65_HS1-834228961_62-HQ-83894_Section_6
Agency: FBI
Page 50
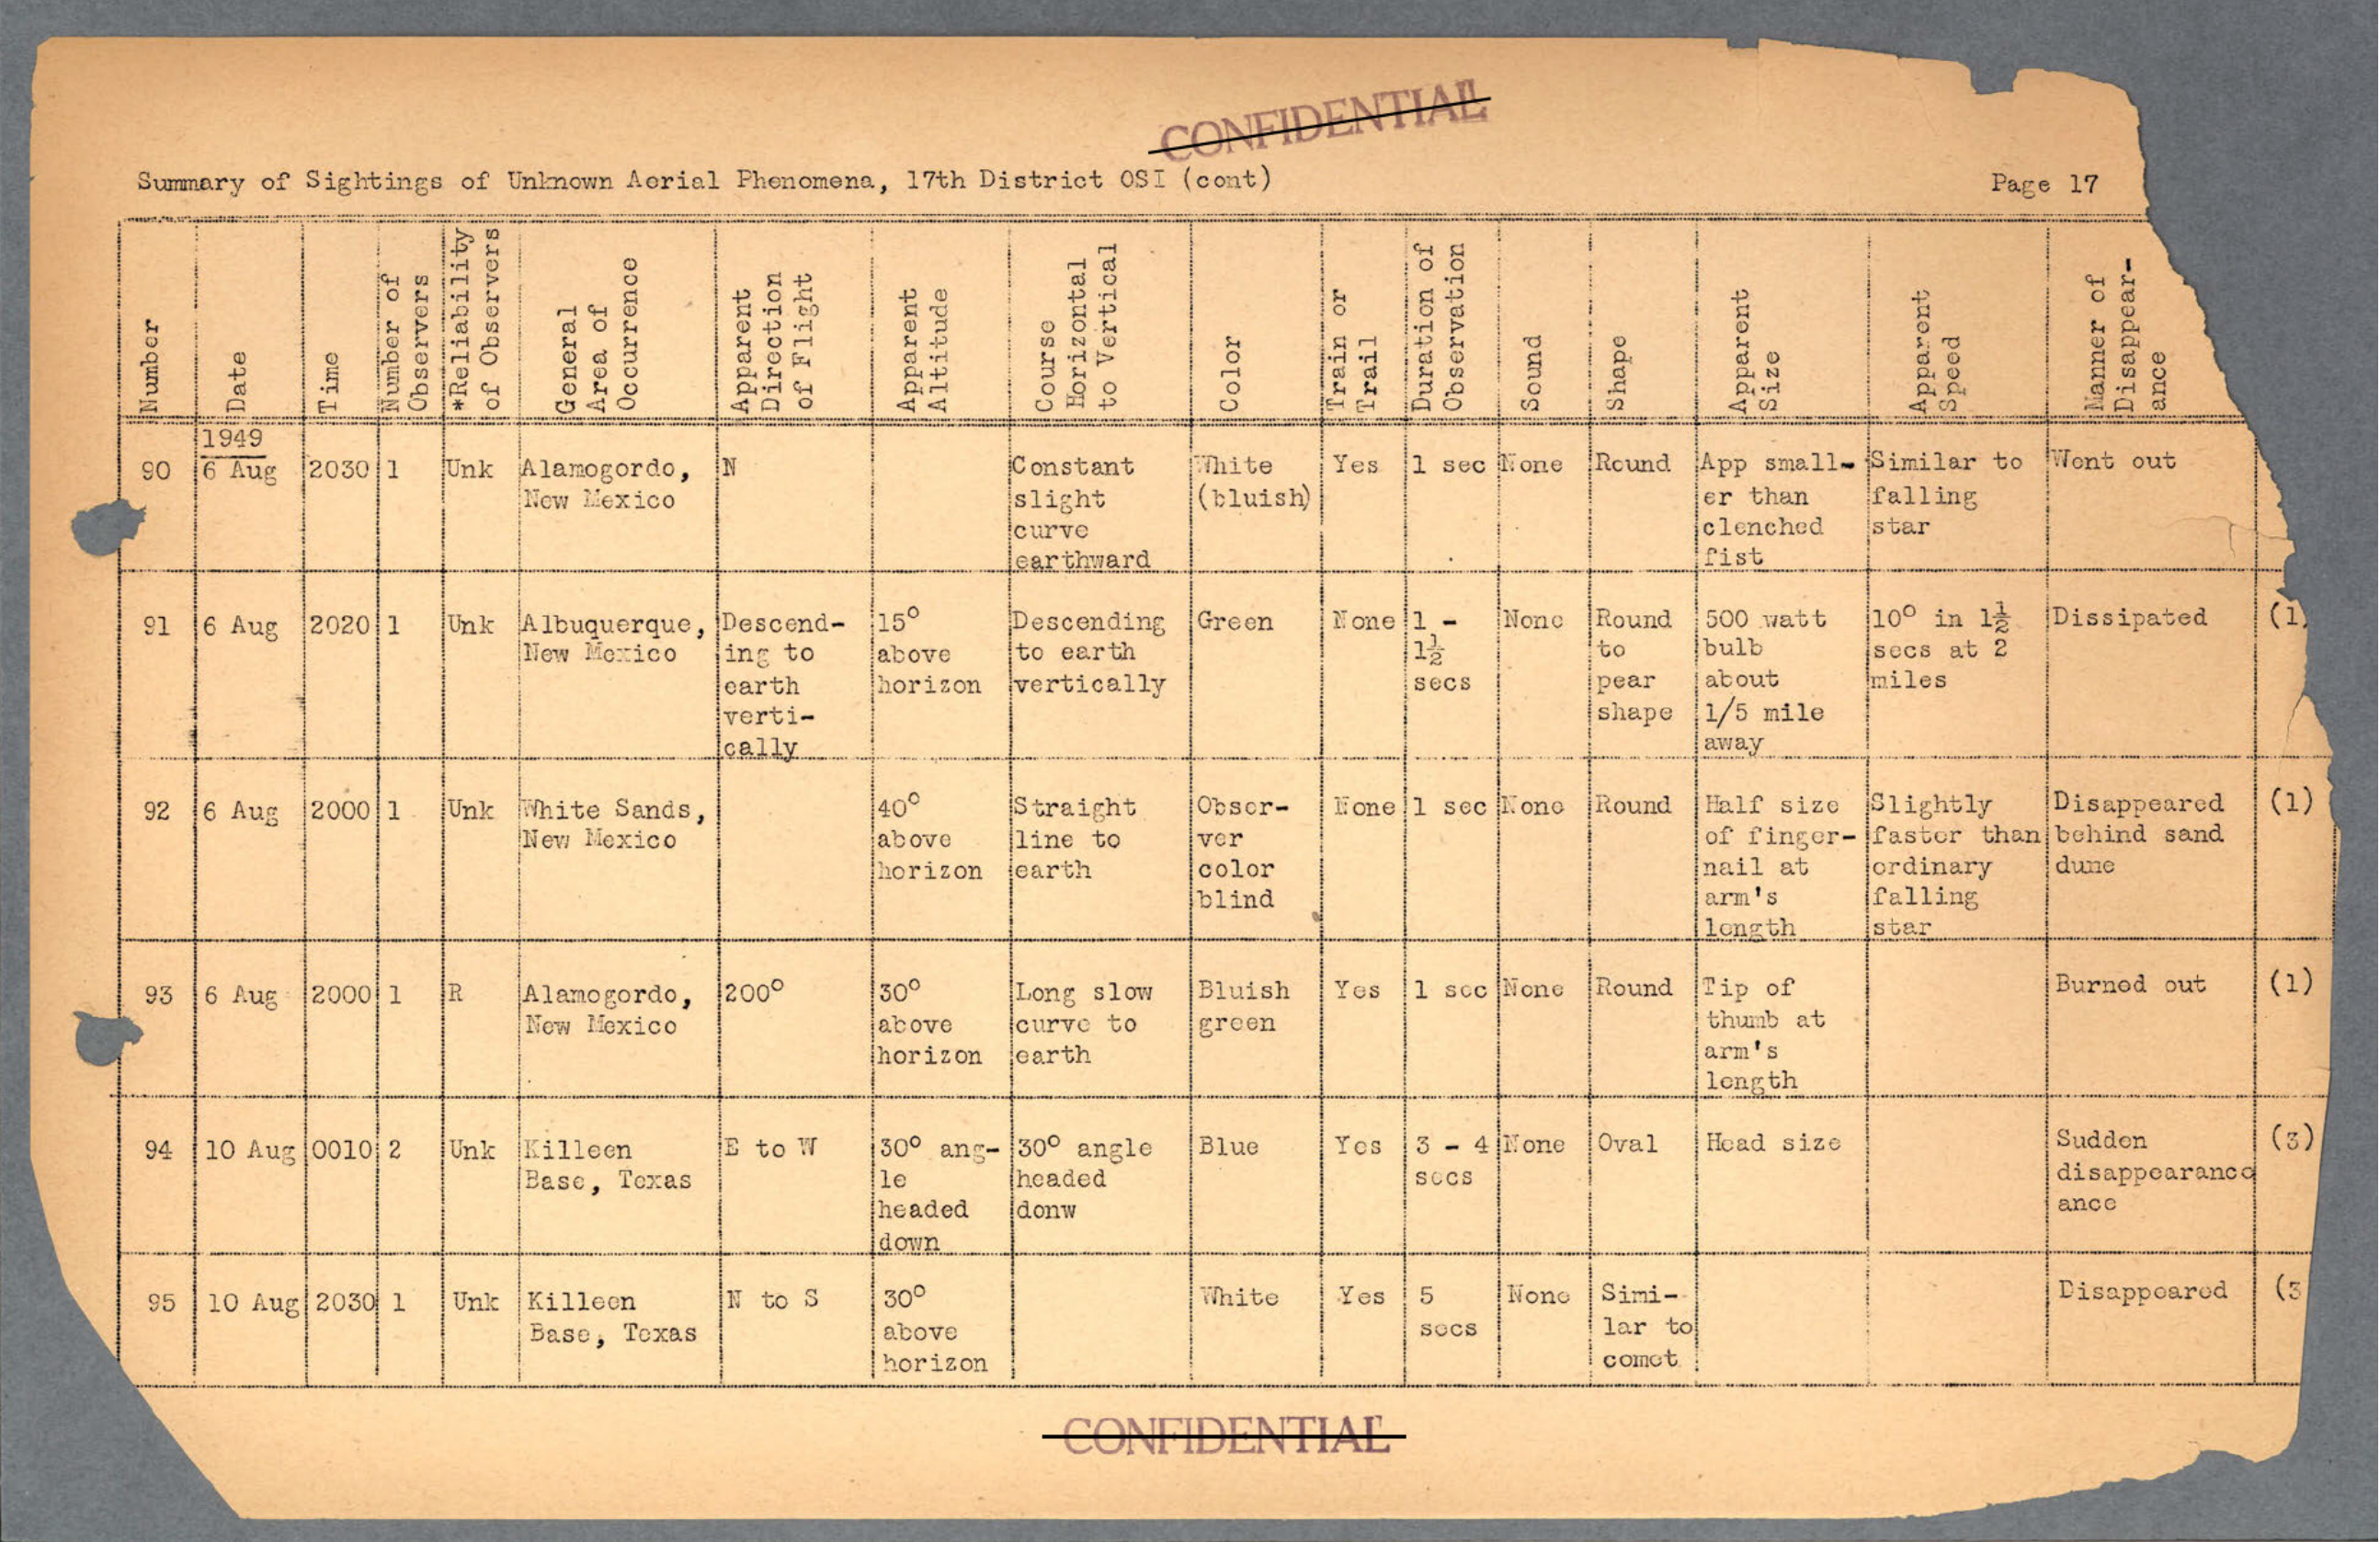